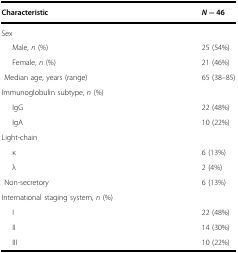
| Characteristic | N = 46 |
 | --- | --- |
 | <COLSPAN=2> Sex |
 | Male, n (%) | 25 (54%) |
 | Female, n (%) | 21 (46%) |
 | Median age, years (range) | 65 (38–85) |
 | <COLSPAN=2> Immunoglobulin subtype, n (%) |
 | IgG | 22 (48%) |
 | IgA | 10 (22%) |
 | <COLSPAN=2> Light-chain |
 | κ | 6 (13%) |
 | λ | 2 (4%) |
 | Non-secretory | 6 (13%) |
 | <COLSPAN=2> International staging system, n (%) |
 | I | 22 (48%) |
 | II | 14 (30%) |
 | III | 10 (22%) |